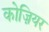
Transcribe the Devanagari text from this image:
कोज़ियर